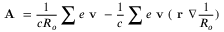
\textbf { A } = \frac { 1 } { c R _ { o } } \sum e \textbf { v } - \frac { 1 } { c } \sum e \textbf { v } ( \textbf { r } \nabla \frac { 1 } { R _ { o } } )